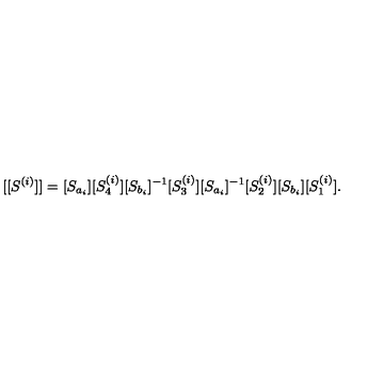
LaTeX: [ [ S ^ { ( i ) } ] ] = [ S _ { a _ { i } } ] [ S _ { 4 } ^ { ( i ) } ] [ S _ { b _ { i } } ] ^ { - 1 } [ S _ { 3 } ^ { ( i ) } ] [ S _ { a _ { i } } ] ^ { - 1 } [ S _ { 2 } ^ { ( i ) } ] [ S _ { b _ { i } } ] [ S _ { 1 } ^ { ( i ) } ] .